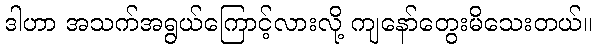
ဒါဟာ အသက်အရွယ်ကြောင့်လားလို့ ကျနော်တွေးမိသေးတယ်။